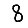
Digit: 8